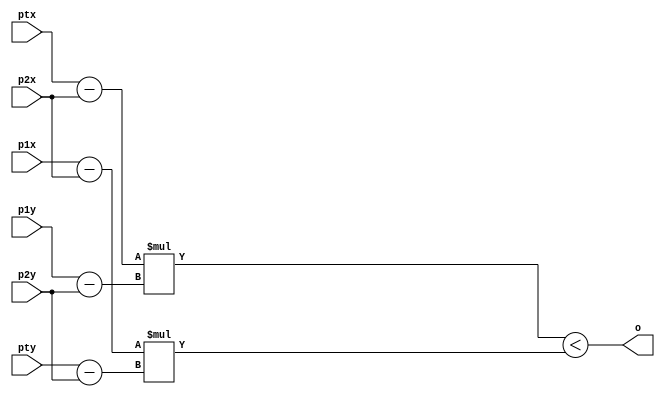
module sign(
	input [11:0]ptx,
	input [11:0]pty,
	input [11:0]p1x,
	input [11:0]p1y,
	input [11:0]p2x,
	input [11:0]p2y,
	output o
	);
	wire signed [11:0] a1;
	wire signed [11:0] a2;
	wire signed [11:0] a3;
	wire signed [11:0] a4;
	wire signed [23:0] m1;
	wire signed [23:0] m2;

	assign a1 = ptx - p2x;
	assign a2 = p1y - p2y;
	assign a3 = p1x - p2x;
	assign a4 = pty - p2y;
	assign m1 = a1 * a2;
	assign m2 = a3 * a4;
	assign o = m1 < m2;

endmodule

module ROM(
	input [4:0]end_triangulo,
	input [4:0]end_ponto,
	output [11:0]p1x,
	output [11:0]p1y,
	output [11:0]p2x,
	output [11:0]p2y,
	output [11:0]p3x,
	output [11:0]p3y,
	output [11:0]ptx,
	output [11:0]pty
);

	reg [11:0]p1x_r;
	reg [11:0]p1y_r;
	reg [11:0]p2x_r;
	reg [11:0]p2y_r;
	reg [11:0]p3x_r;
	reg [11:0]p3y_r;

	reg [11:0]ptx_r;
	reg [11:0]pty_r;
	
	assign p1x = p1x_r;
	assign p1y = p1y_r;
	assign p2x = p2x_r;
	assign p2y = p2y_r;
	assign p3x = p3x_r;
	assign p3y = p3y_r;

	assign ptx = ptx_r;
	assign pty = pty_r;

	always @(end_triangulo) begin
		case(end_triangulo)
			0:begin
				p1x_r <= 23;
				p1y_r <= 79;
				p2x_r <= 15;
				p2y_r <= 68;
				p3x_r <= 36;
				p3y_r <= 94;
			end
			1:begin
				p1x_r <= 23;
				p1y_r <= 34;
				p2x_r <= 55;
				p2y_r <= 31;
				p3x_r <= 96;
				p3y_r <= 45;
			end
			2:begin
				p1x_r <= 77;
				p1y_r <= 32;
				p2x_r <= 15;
				p2y_r <= 88;
				p3x_r <= 36;
				p3y_r <= 46;
			end
		endcase
	end
	always @(end_ponto)begin
		case(end_ponto)
			0:begin
				ptx_r <= 84;
				pty_r <= 72;
			end
			1:begin
				ptx_r <= 23;
				pty_r <= 79;
			end
			2:begin
				ptx_r <= 48;
				pty_r <= 62;
			end
			3:begin
				ptx_r <= 46;
				pty_r <= 56;
			end
			4:begin
				ptx_r <= 08;
				pty_r <= 13;
			end
			5:begin
				ptx_r <= 200;
				pty_r <= 134;
			end

		endcase
	end
endmodule
module controle;
	
	reg clk = 0;

	reg [11:0]ptx;
	reg [11:0]pty;
	reg [11:0]p1x;
	reg [11:0]p1y;
	reg [11:0]p2x;
	reg [11:0]p2y;
	reg [11:0]p3x;
	reg [11:0]p3y;	
	
	wire [11:0]ptx_w;
	wire [11:0]pty_w;
	wire [11:0]p1x_w;
	wire [11:0]p1y_w;
	wire [11:0]p2x_w;
	wire [11:0]p2y_w;
	wire [11:0]p3x_w;
	wire [11:0]p3y_w;	

	reg [3:0]count = 0;
	reg [4:0]end_triangulo = 0;
	reg [4:0]end_ponto = 0;
	wire P1, P2, P3;
	reg saida;
	
	sign Pt1(ptx, pty, p1x, p1y, p2x, p2y, P1);
	sign Pt2(ptx, pty, p2x, p2y, p3x, p3y, P2);
	sign Pt3(ptx, pty, p3x, p3y, p1x, p1y, P3);
	ROM R(end_triangulo, end_ponto, p1x_w, p1y_w, p2x_w, p2y_w, p3x_w, p3y_w, ptx_w, pty_w);

	always #1 clk = ~clk;
	always @(count)begin
		case(count)
			0:begin
				end_triangulo <= 0;
				count <= count + 1;
			end
			1: begin
				p1x <= p1x_w;
				p1y <= p1y_w;
				p2x <= p2x_w;
				p2y <= p2y_w;
				p3x <= p3x_w;
				p3y <= p3y_w;	
				count <= count + 1;
				end_ponto <= 0;
			end
			2: begin
				ptx <= ptx_w;
				pty <= pty_w;
				count <= count + 1;
			end
			3: begin
				end_ponto <= end_ponto + 1;
				saida <= P1 == P2 & P2 == P3;
				count <= count + 1;
			end
			4:begin
				$display("Saida : %d", saida);	
				if (end_ponto == 5)begin
					end_ponto <= 0;
					count <= 1;
					end_triangulo <= end_triangulo + 1;
					if (end_triangulo > 2)count <= 5;
				end
				else begin
					count <= 2;
				end
			end
			5: $finish;
		endcase
	end	
	initial begin

	end
endmodule